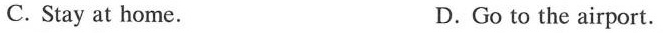
C. Stay at home. D.Go to the airport.